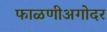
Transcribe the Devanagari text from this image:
फाळणीअगोदर